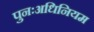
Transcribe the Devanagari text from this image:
पुनःअधिनियम